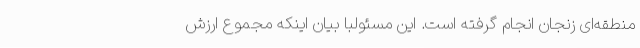
منطقه‌ای زنجان انجام گرفته است. این مسئولبا بیان اینکه مجموع ارزش